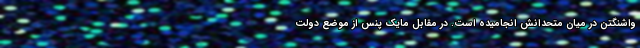
واشنگتن در میان متحدانش انجامیده است. در مقابل مایک پنس از موضع دولت